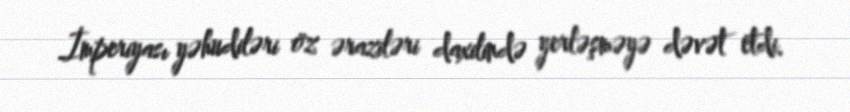
İmperiyası yəhudiləri öz əraziləri daxilində yerləşməyə dəvət etdi.